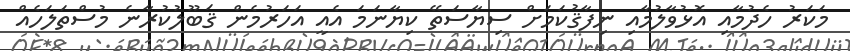
މަކަރު ހެދުމާއި އޮޅުވާލުމާއި ނިފާޤުކަމަށް ސިޔާސަތޭ ކިޔާނަމަ އެއީ އަހަރުމެން ޤަބޫލުކުރާނެ މުސްތަލަހެއް